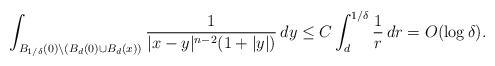
LaTeX: \begin{align*} \int_{B_{1/\delta}(0)\backslash (B_d(0)\cup B_d(x))}\frac{1}{|x-y|^{n-2}(1+|y|)}\, dy &\leq C\int_d^{1/\delta}\frac{1}{r}\, dr=O(\log \delta).\end{align*}